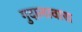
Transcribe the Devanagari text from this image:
गुदालावारा